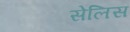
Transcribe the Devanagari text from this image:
सेलिस